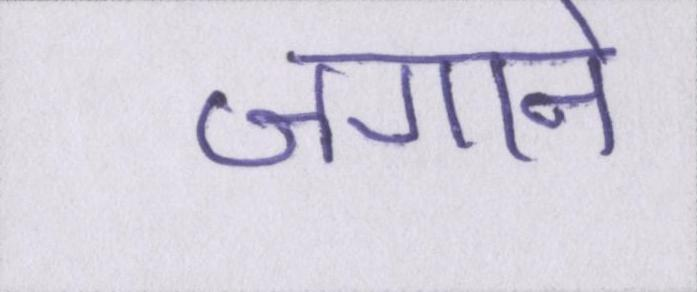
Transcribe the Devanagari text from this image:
जगाने